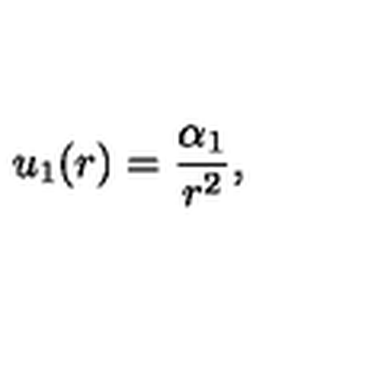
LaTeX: u _ { 1 } ( r ) = \frac { \alpha _ { 1 } } { r ^ { 2 } } ,